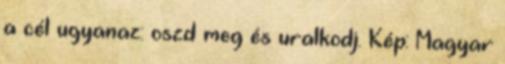
a cél ugyanaz: oszd meg és uralkodj. Kép: Magyar